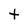
Character: t